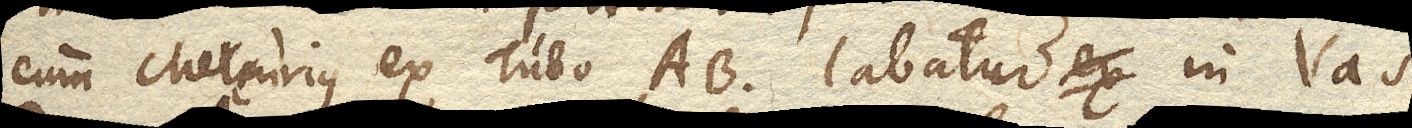
cum Mercurius ex Tubo AB. labatur in Vas